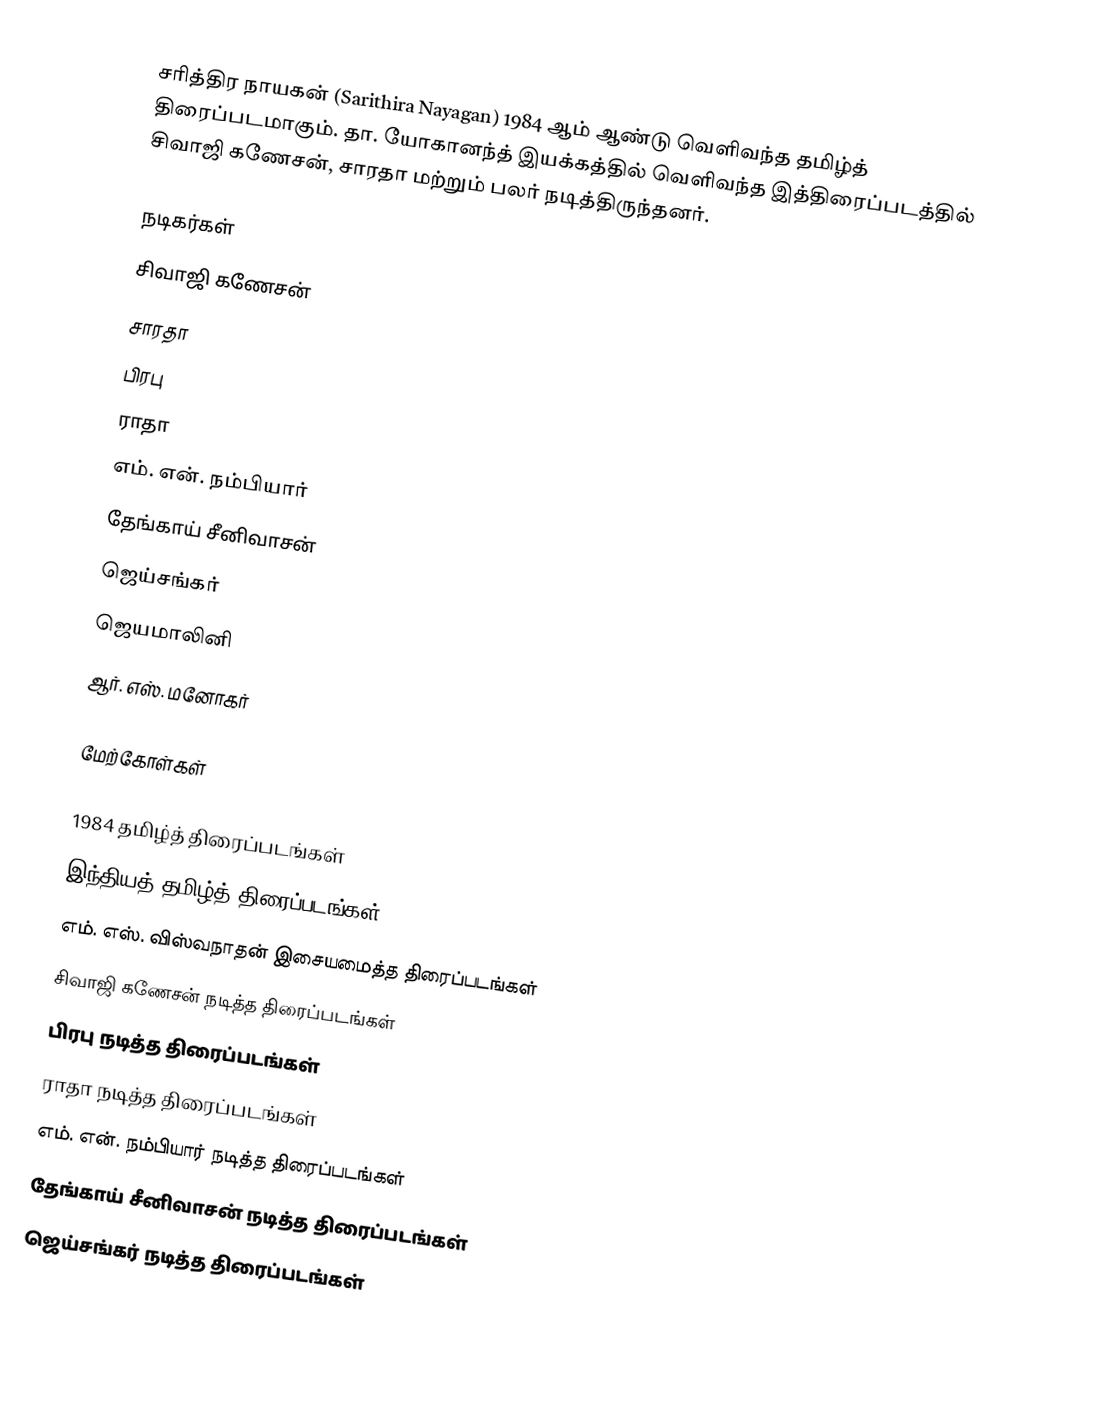
சரித்திர நாயகன் (Sarithira Nayagan) 1984 ஆம் ஆண்டு வெளிவந்த தமிழ்த் திரைப்படமாகும். தா. யோகானந்த் இயக்கத்தில் வெளிவந்த இத்திரைப்படத்தில் சிவாஜி கணேசன், சாரதா மற்றும் பலர் நடித்திருந்தனர்.

நடிகர்கள்
 சிவாஜி கணேசன்
 சாரதா
 பிரபு
 ராதா
 எம். என். நம்பியார்
 தேங்காய் சீனிவாசன்
 ஜெய்சங்கர்
 ஜெயமாலினி
 ஆர். எஸ். மனோகர்

மேற்கோள்கள்

1984 தமிழ்த் திரைப்படங்கள்
இந்தியத் தமிழ்த் திரைப்படங்கள்
எம். எஸ். விஸ்வநாதன் இசையமைத்த திரைப்படங்கள்
சிவாஜி கணேசன் நடித்த திரைப்படங்கள்
பிரபு நடித்த திரைப்படங்கள்
ராதா நடித்த திரைப்படங்கள்
எம். என். நம்பியார் நடித்த திரைப்படங்கள்
தேங்காய் சீனிவாசன் நடித்த திரைப்படங்கள்
ஜெய்சங்கர் நடித்த திரைப்படங்கள்